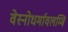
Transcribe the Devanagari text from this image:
वेस्नोधर्मावलम्बि